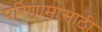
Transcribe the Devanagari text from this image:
परिणामासाठी